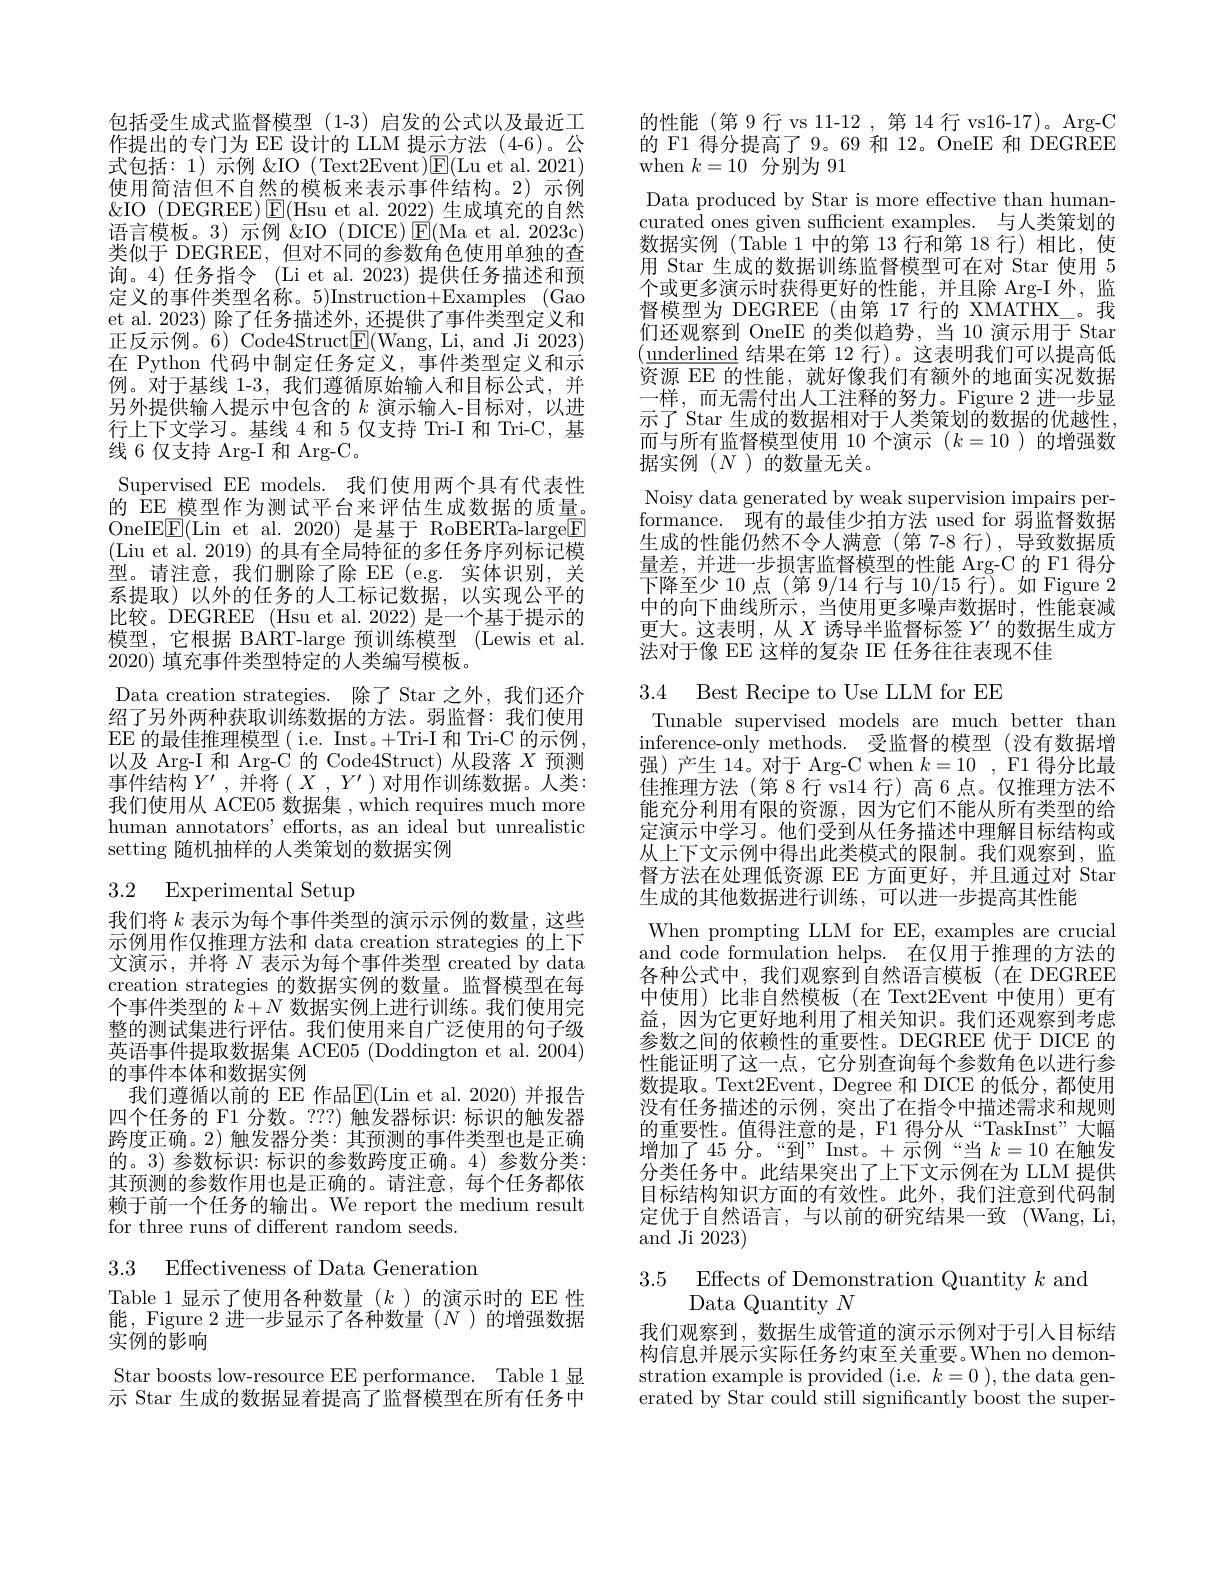
包括受生成式监督模型(1-3)启发的公式以及最近工作提出的专门为 EE 设计的 LLM 提示方法 (4-6)。公式包括：1)示例&IO(Text2Event$)\underline{\mathrm{F}}($Lu et al.2021) 使用简洁但不自然的模板来表示事件结构。2) 示例$\&$IO ( DEGREE) $\boxed{\mathrm{F} }($Hsu et al. 2022)生成填充的自然语言模板。3) 示例 &IO (DICE) E(Ma et al. 2023c) 类似于 DEGREE, 但对不同的参数角色使用单独的查询。4) 任务指令 (Li et al. 2023) 提供任务描述和预定义的事件类型名称。5)Instruction+Examples (Gao et al. 2023) 除了任务描述外，还提供了事件类型定义和正反示例。6) Code4Struct$\underline{\mathrm{E}}($Wang, Li, and Ji 2023) 在 Python 代码中制定任务定义，事件类型定义和示例。对于基线 1-3, 我们遵循原始输人和目标公式，并另外提供输入提示中包含的$k$演示输人-目标对，以进行上下文学习。基线 4 和 5 仅支持 Tri-I 和 Tri-C, 基线 6 仅支持 Arg-I 和 Arg-C。
Supervised EE models. 我们使用两个具有代表性的 EE 模型作为测试平台来评估生成数据的质量。OneIE$\underline{\mathrm{E}}($Lin et al.2020)是基于 RoBERTa-large$\underline{\mathrm{F}}$ (Liu et al. 2019) 的具有全局特征的多任务序列标记模型。请注意，我们删除了除 EE (e.g.实体识别，关系提取)以外的任务的人工标记数据，以实现公平的比较。DEGREE (Hsu et al. 2022) 是一个基于提示的模型，它根据 BART-large 预训练模型 (Lewis et al. 2020)填充事件类型特定的人类编写模板。
Data creation strategies. 除了 Star 之外，我们还介绍了另外两种获取训练数据的方法。弱监督：我们使用EE 的最佳推理模型( i.e. Inst。+Tri-I 和 Tri-C 的示例以及 Arg-I 和 Arg-C 的 Code4Struct) 从段落$X$预测事件结构$Y^\prime$ ,并将$(X,Y^\prime)$对用作训练数据。人类： 我们使用从 ACE05 数据集 , which requires much more human annotators' efforts, as an ideal but unrealistic setting 随机抽样的人类策划的数据实例

## 3.2 Experimental Setup

我们将$k$表示为每个事件类型的演示示例的数量，这些示例用作仅推理方法和 data creation strategies 的上下文演示，并将$\overline{N}$表示为每个事件类型 created by data creation strategies 的数据实例的数量。监督模型在每个事件类型的$\bar{k}+N$数据实例上进行训练。我们使用完整的测试集进行评估。我们使用来自广泛使用的句子级英语事件提取数据集 ACE05 (Doddington et al. 2004) 的事件本体和数据实例
我们遵循以前的 EE 作品E(Lin et al.2020)并报告四个任务的 F1 分数。???) 触发器标识：标识的触发器跨度正确。2) 触发器分类：其预测的事件类型也是正确的。3) 参数标识：标识的参数跨度正确。4)参数分类： 其预测的参数作用也是正确的。请注意，每个任务都依赖于前一个任务的输出。We report the medium result for three runs of different random seeds.

3.3 Effectiveness of Data Generation

Table 1 显示了使用各种数量$(k$ )的演示时的 EE 性能，Figure 2 进一步显示了各种数量(N)的增强数据实例的影响
Star boosts low-resource EE performance. Table 1 显示 Star 生成的数据显着提高了监督模型在所有任务中

的性能(第9行vs11-12,第14行vs16-17)。Arg-C 的 F1 得分提高了 9。69 和 12。OneIE 和 DEGREE when $k=10$分别为 91
Data produced by Star is more effective than humancurated ones given sufficient examples. 与人类策划的数据实例 (Table 1 中的第 13 行和第 18 行)相比，使用 Star 生成的数据训练监督模型可在对 Star 使用 5个或更多演示时获得更好的性能，并且除 Arg-I 外，监督模型为 DEGREE (由第 17 行的 XMATHX\_。我们还观察到 OneIE 的类似趋势，当 10 演示用于 Star $(\underline{\mathrm{underlined}}$结果在第 12 行)。这表明我们可以提高低资源 EE 的性能，就好像我们有额外的地面实况数据一样，而无需付出人工注释的努力。Figure 2进一步显示了 Star 生成的数据相对于人类策划的数据的优越性而与所有监督模型使用 10 个演示$(k=10)$的增强数据实例(N)的数量无关。
Noisy data generated by weak supervision impairs performance. 现有的最佳少拍方法 used for 弱监督数据生成的性能仍然不令人满意(第 7-8 行),导致数据质量差，并进一步损害监督模型的性能 Arg-C 的 F1 得分下降至少 10 点 (第 9/14 行与 10/15 行)。如 Figure 2中的向下曲线所示，当使用更多噪声数据时，性能衰减更大。这表明，从$X$诱导半监督标签$Y^\prime$的数据生成方法对于像 EE 这样的复杂 IE 任务往往表现不佳

3.4 Best Recipe to Use LLM for EE

Tunable supervised models are much better than inference-only methods. 受监督的模型 (没有数据增强)产生 14。对于 Arg-C when $k= 10$ , F1 得分比最佳推理方法 (第8行 vs14 行)高 6 点。仅推理方法不能充分利用有限的资源，因为它们不能从所有类型的给定演示中学习。他们受到从任务描述中理解目标结构或从上下文示例中得出此类模式的限制。我们观察到，监督方法在处理低资源 EE 方面更好，并且通过对 Star 生成的其他数据进行训练，可以进一步提高其性能
When prompting LLM for EE, examples are crucial and code formulation helps. 在仅用于推理的方法的各种公式中，我们观察到自然语言模板(在 DEGREE 中使用)比非自然模板(在 Text2Event 中使用)更有益，因为它更好地利用了相关知识。我们还观察到考虑参数之间的依赖性的重要性。DEGREE 优于 DICE 的性能证明了这一点，它分别查询每个参数角色以进行参数提取。Text2Event, Degree 和 DICE 的低分，都使用没有任务描述的示例，突出了在指令中描述需求和规则的重要性。值得注意的是，F1 得分从“TaskInst”大幅增加了45 分。“到” Inst。+示例“当$k=10$在触发分类任务中。此结果突出了上下文示例在为 LLM 提供目标结构知识方面的有效性。此外，我们注意到代码制定优于自然语言，与以前的研究结果一致(Wang,Li, and Ji 2023)

3.5 Effects of Demonstration Quantity $k$ and
# Data Quantity $N$

我们观察到，数据生成管道的演示示例对于引人目标结构信息并展示实际任务约束至关重要。When no demonstration example is provided (i.e. $k=0$ ), the data generated by Star could still significantly boost the super-